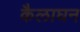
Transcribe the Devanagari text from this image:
कैलाघन